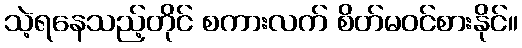
သဲ့ရနေသည့်တိုင် စကားလက် စိတ်မဝင်စားနိုင်။